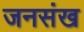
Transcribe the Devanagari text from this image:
जनसंख